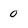
Character: 0